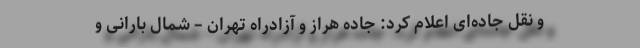
و نقل جاده‌ای اعلام کرد: جاده هراز و آزادراه تهران – شمال بارانی و